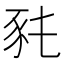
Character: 𧰭